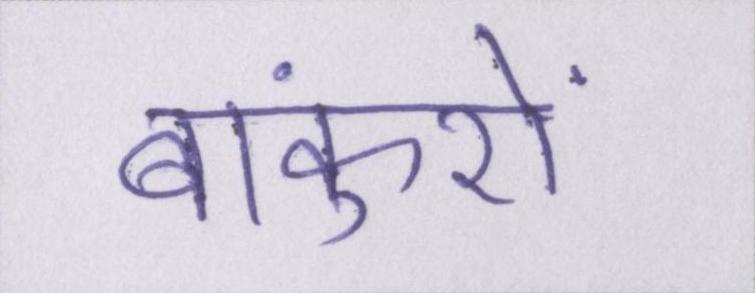
बांकुरों